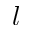
l